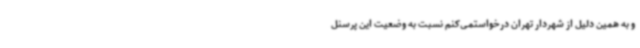
و به همین دلیل از شهردار تهران درخواستمی‌کنم نسبت به وضعیت این پرسنل